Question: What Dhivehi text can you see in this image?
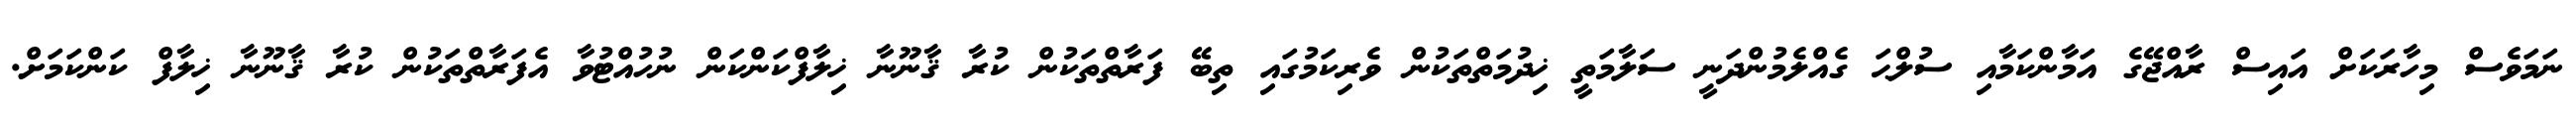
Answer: ނަމަވެސް މިހާރަކަށް އައިސް ރާއްޖޭގެ އަމާންކަމާއި ސުލްޙަ ގެއްލެމުންދަނީ ސަލާމަތީ ޚިދުމަތްތަކުން ވެރިކަމުގައި ތިބޭ ފަރާތްތަކުން ކުރާ ޤާނޫނާ ޚިލާފްކަންކަން ނުހުއްޓުވާ އެފަރާތްތަކުން ކުރާ ޤާނޫނާ ޚިލާފް ކަންކަމަށް.